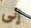
إلى